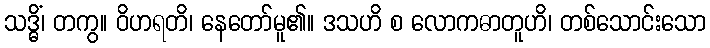
သဒ္ဓိံ၊ တကွ။ ဝိဟရတိ၊ နေတော်မူ၏။ ဒသဟိ စ လောကဓာတူဟိ၊ တစ်သောင်းသော